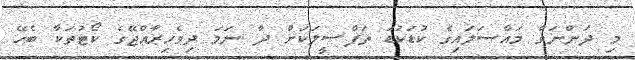
މި ދަންނަވާ މައްސަލައިގެ ކުޑަކުޑަ ތަފްޞީލަކަށް ދާ ނަމަ ދިވެހިރާއްޖޭގެ ކޯޓުތަކާ ބެހޭ